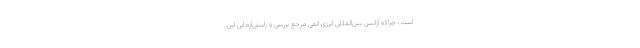
است، چراکه آژانس بین‌المللی انرژی اتمی مرجع بررسی و راستی‌آزمایی این